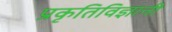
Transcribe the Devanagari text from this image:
प्रकृतिविज्ञानी